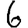
Digit: 6